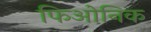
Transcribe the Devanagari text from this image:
फिओनिक